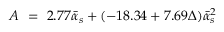
A \ = \ 2 . 7 7 \bar { \alpha } _ { s } + ( - 1 8 . 3 4 + 7 . 6 9 \Delta ) \bar { \alpha } _ { s } ^ { 2 }